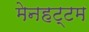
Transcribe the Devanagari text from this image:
मेनहट्टम